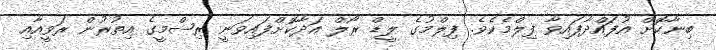
ބިނާކޮށް އުފައްދާފައިވާ ފިލްމެކެވެ. ފިލްމުގެ ލީޑް ރޯލް އަދާކޮށްފައިވަނީ ރިޝްމީގެ އިތުރުން ރަވީއާއި